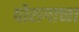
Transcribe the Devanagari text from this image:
पोरागाच्चा